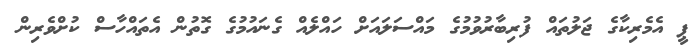
ޕީ އެމެރިކާގެ ޖަލުތައް ފުރިބާރުވުމުގެ މައްސަލައަށް ހައްލެއް ގެނައުމުގެ ގޮތުން އެތައްހާސް ކުށްވެރިން